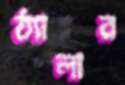
ঠ্যালার